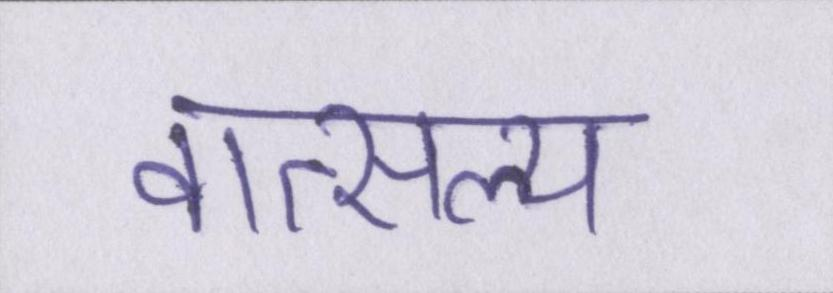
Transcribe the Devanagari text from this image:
वात्सल्य